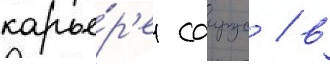
карье́р'е саирус / в